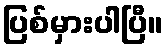
ပြစ်မှားပါပြီ။